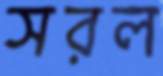
সরল